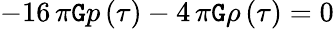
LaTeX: -16\, \pi\mathtt{G}p\left({\tau}\right)-4\, \pi\mathtt{G}\rho\left({\tau}\right)=0